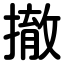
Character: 撤